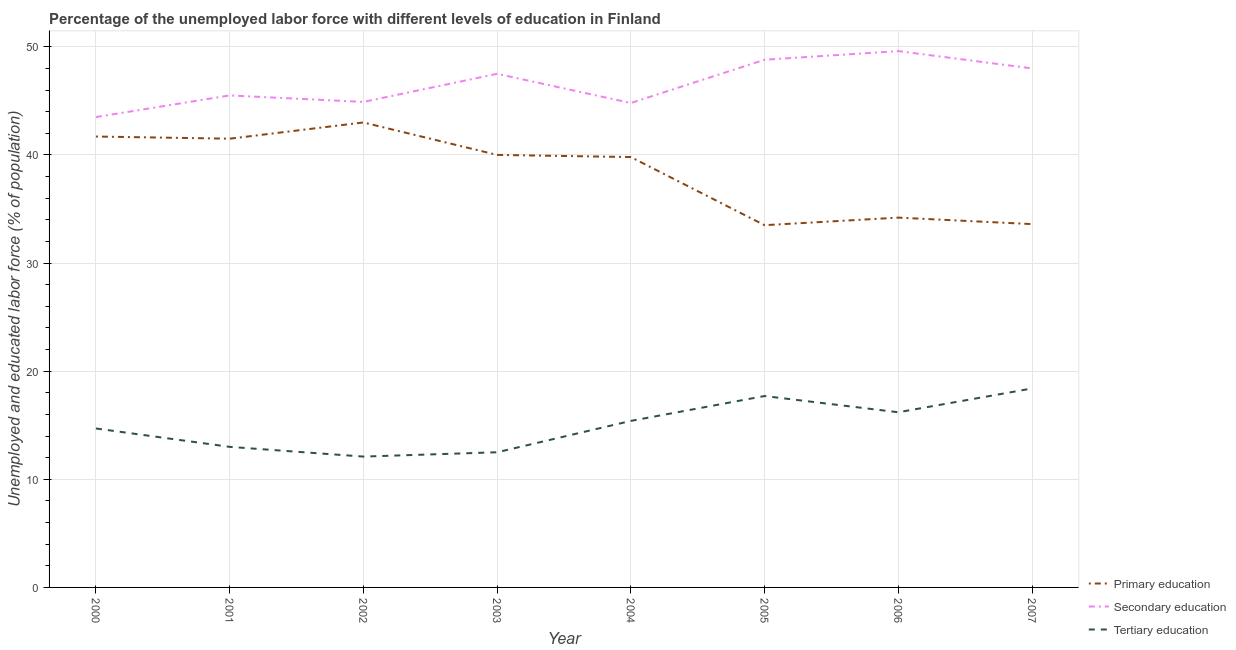
| Year | Primary education | Secondary education | Tertiary education |
 | --- | --- | --- | --- |
 | 2000 | 41.7 | 43.5 | 14.7 |
 | 2001 | 41.5 | 45.5 | 13 |
 | 2002 | 43 | 44.9 | 12.1 |
 | 2003 | 40 | 47.5 | 12.5 |
 | 2004 | 39.8 | 44.8 | 15.4 |
 | 2005 | 33.5 | 48.8 | 17.7 |
 | 2006 | 34.2 | 49.6 | 16.2 |
 | 2007 | 33.6 | 48 | 18.4 |